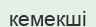
кемекші